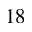
^ Ḋ 1 8 Ḍ